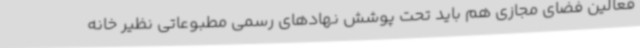
فعالین فضای مجازی هم باید تحت پوشش نهادهای رسمی مطبوعاتی نظیر خانه